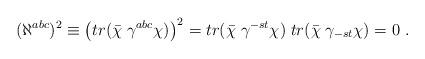
LaTeX: \begin{align*}(\aleph^{abc})^2 \equiv \left (tr (\bar \chi \; \gamma^{abc} \chi )\right)^2 = tr (\bar \chi \;\gamma^{-st} \chi) \; tr (\bar \chi \;\gamma_{-st} \chi) = 0 \ .\end{align*}